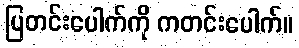
ပြတင်းပေါက်ကို ကတင်းပေါက်။